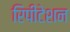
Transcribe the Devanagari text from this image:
रिपीटेशन